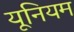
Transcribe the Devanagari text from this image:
यूनियम